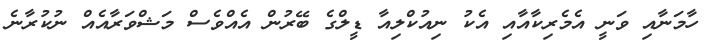
ހާމަނާއި ވަނީ އެމެރިކާއާއި އެކު ނިއުކްލިއާ ޑީލްގެ ބޭރުން އެއްވެސް މަޝްވަރާއެއް ނުކުރާނެ